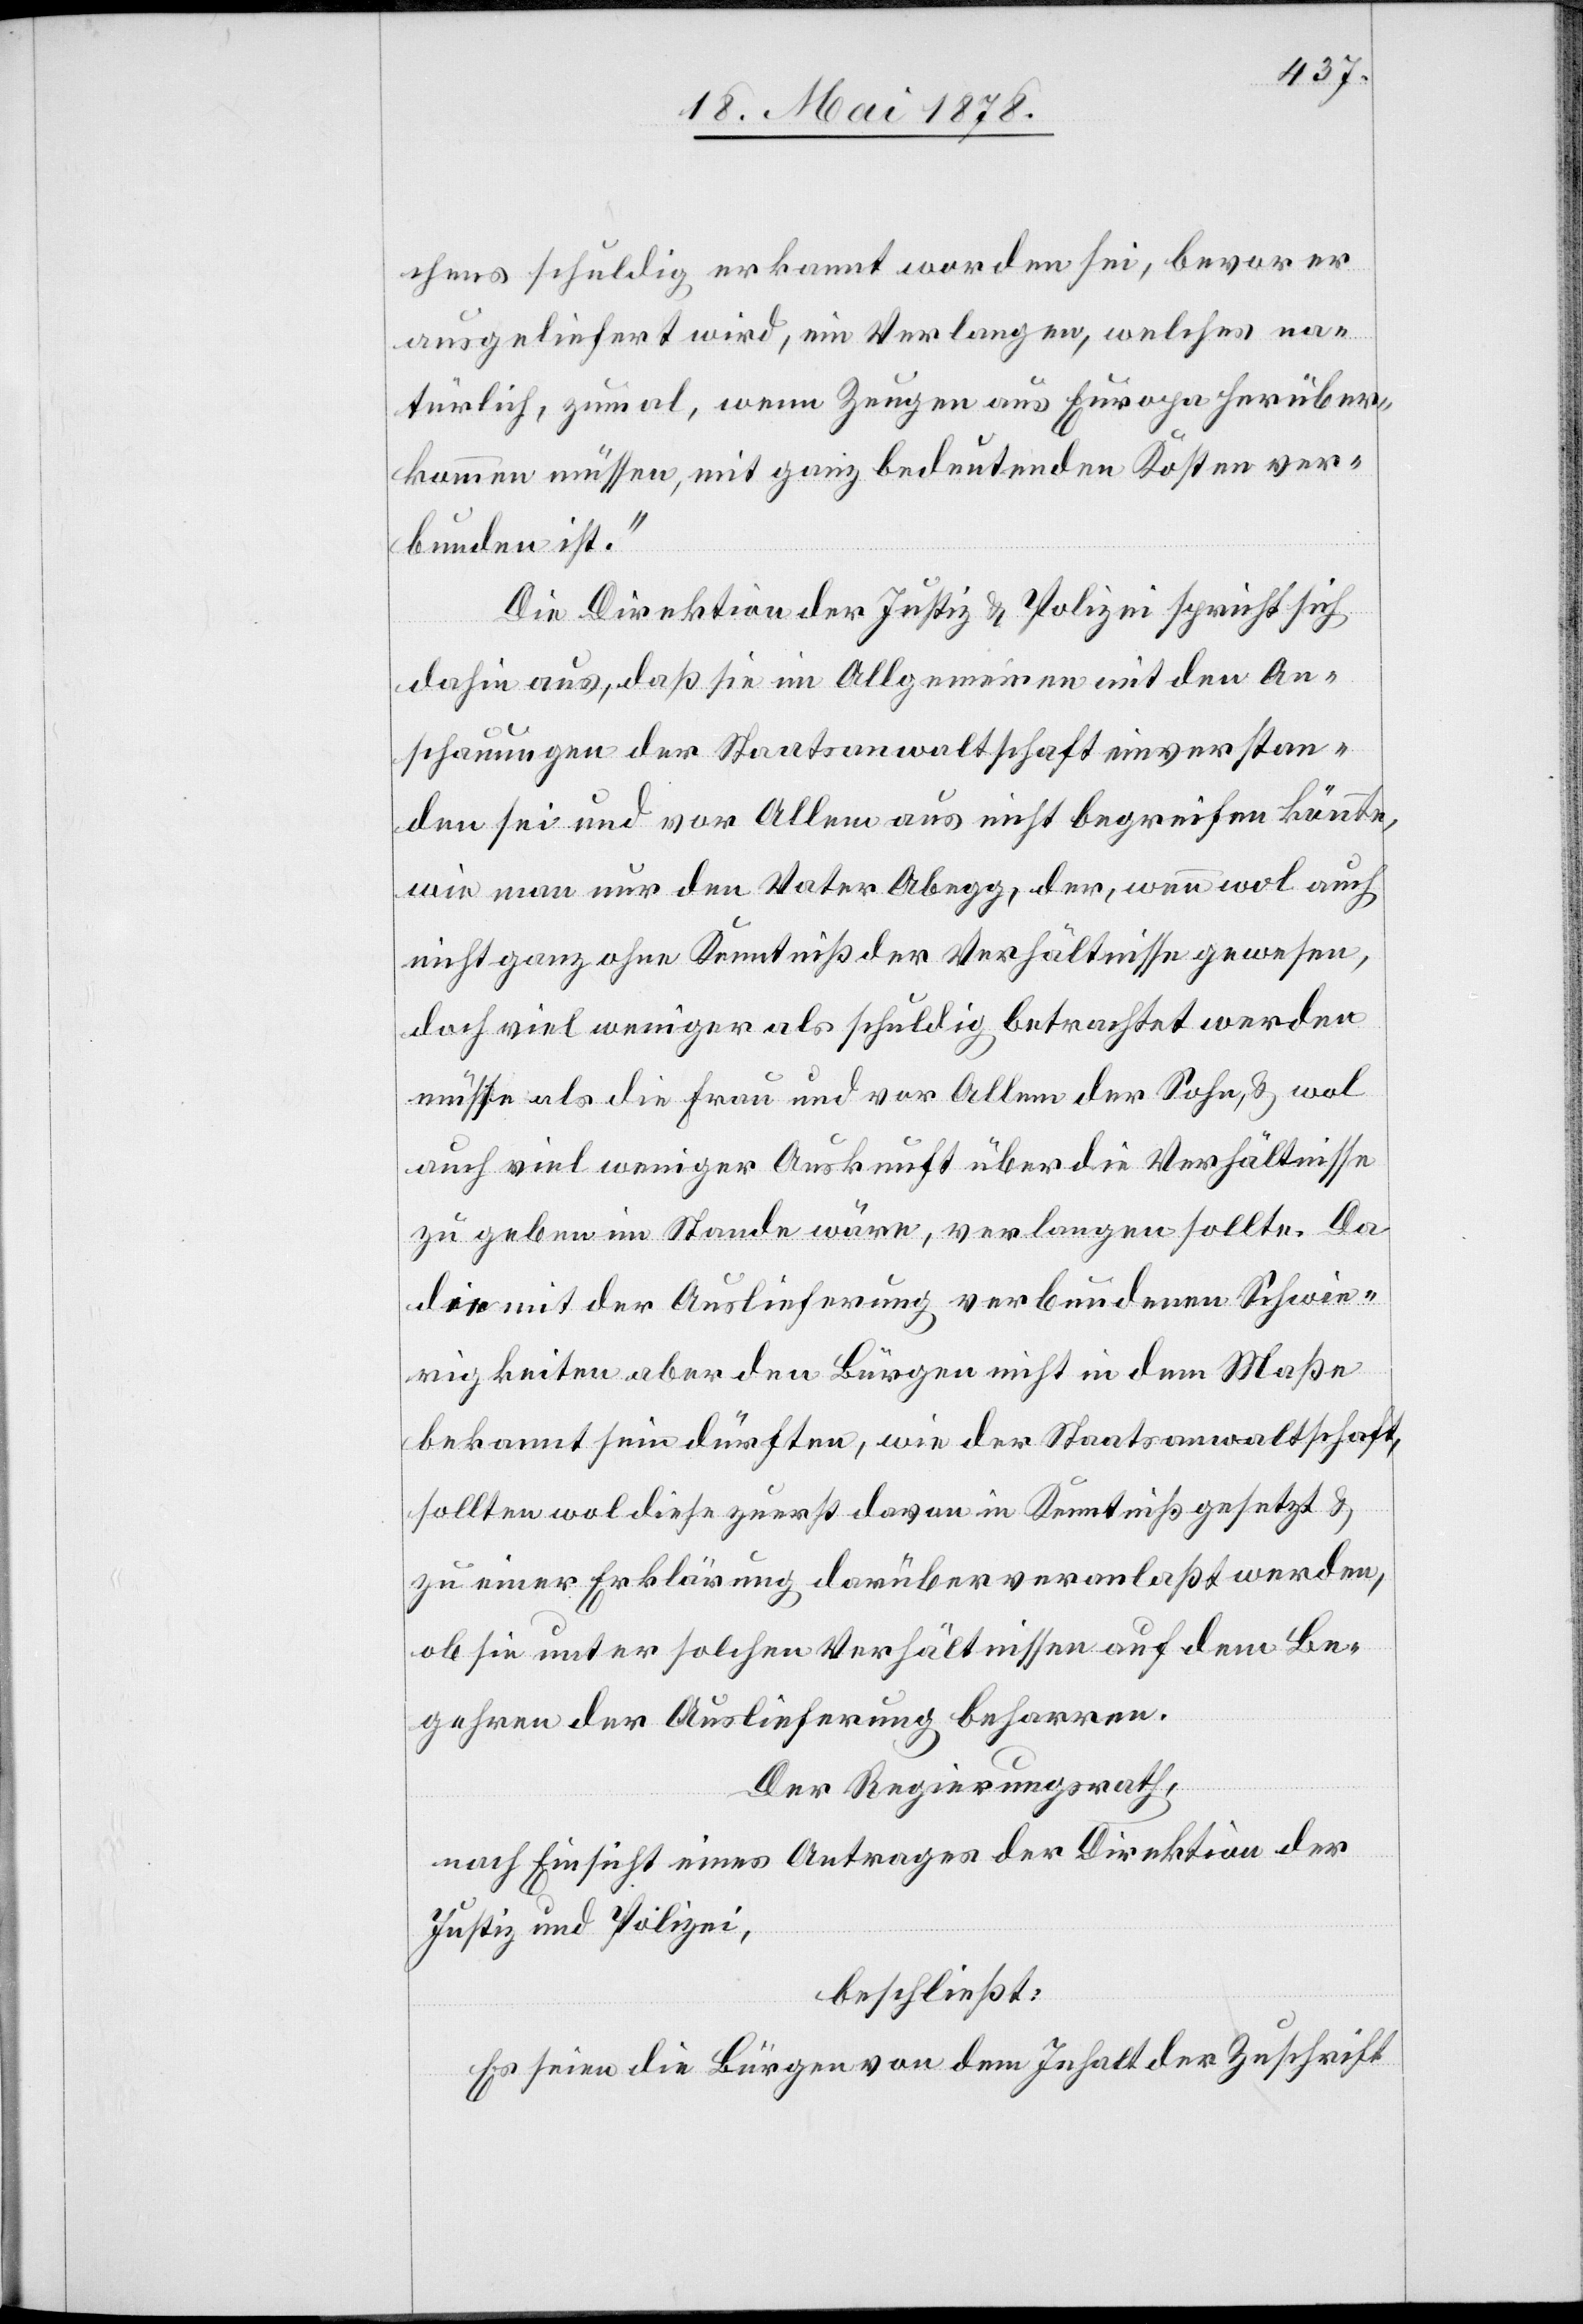
chens schuldig erkannt worden sei, bevor er
ausgeliefert wird, ein Verlangen, welches na¬
türlich, zumal, wenn Zeugen aus Europa herüber¬
kommen müssen, mit ganz bedeutenden Kosten ver¬
bunden ist.“
Die Direktion der Justiz & Polizei spricht sich
dahin aus, daß sie im Allgemeinen mit den An¬
schauungen der Staatsanwaltschaft einverstan¬
den sei und vor Allem aus nicht begreifen könnte,
wie man nur den Vater Abegg, der, wenn wol auch
nicht ganz ohne Kenntniß der Verhältnisse gewesen,
doch viel weniger als schuldig betrachtet werden
müsse als die Frau und vor Allem der Sohn, & wol
auch viel weniger Auskunft über die Verhältnisse
zu geben im Stande wäre, [auszuliefern] verlangen sollte. Da
die mit der Auslieferung verbundenen Schwie¬
rigkeiten aber den Bürgern nicht in dem Maße
bekannt sein dürften, wie der Staatsanwaltschaft,
sollten wol diese zuerst davon in Kenntniß gesetzt &
zu einer Erklärung darüber veranlaßt werden,
ob sie unter solchen Verhältnissen auf dem Be¬
gehren der Auslieferung beharren.
Der Regierungsrath,
nach Einsicht eines Antrages der Direktion der
Justiz & Polizei,
beschließt:
Es seien die Bürgen von dem Inhalt der Zuschrift